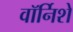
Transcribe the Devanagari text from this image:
वॉर्निशे